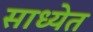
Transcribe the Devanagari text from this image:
साध्येत